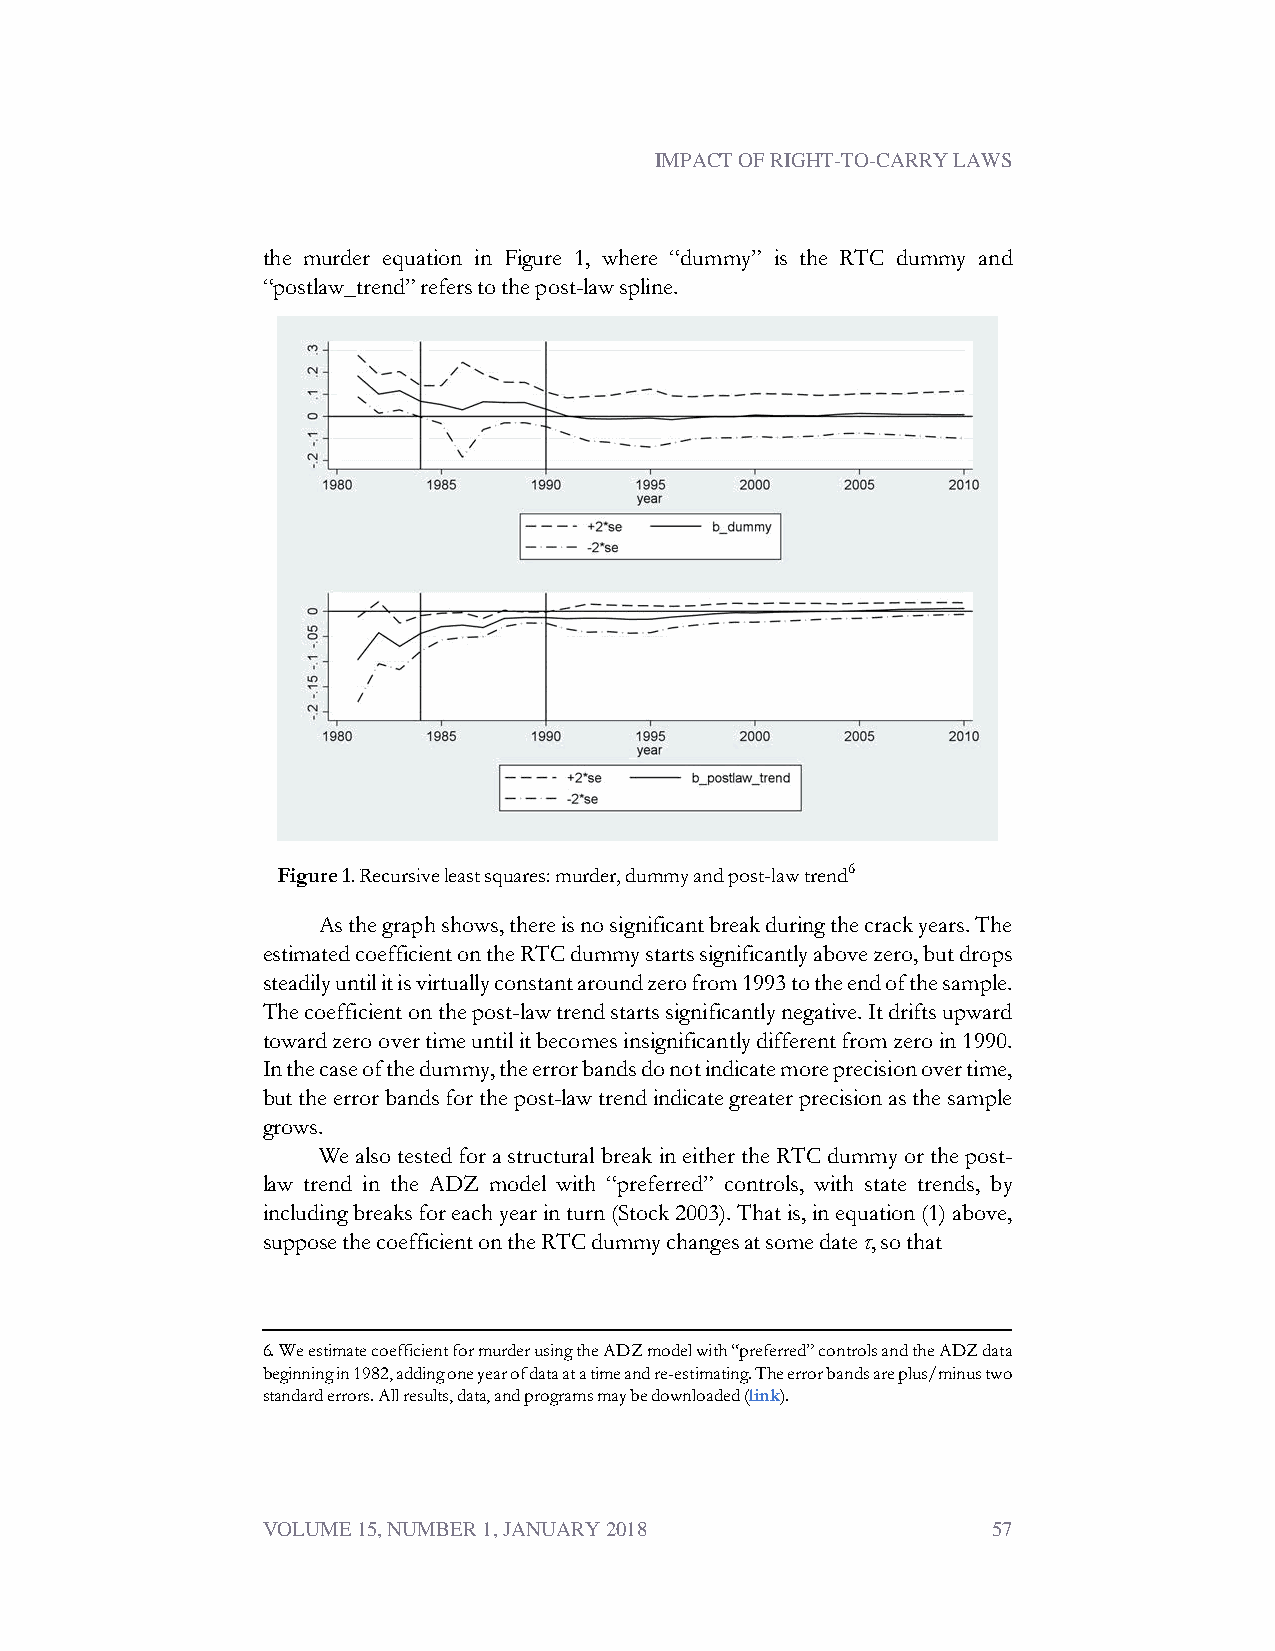
IMPACT OF RIGHT-TO-CARRY LAWS
 the murder equation in Figure 1, where “dummy” is the RTC dummy and
 “postlaw_trend”referstothepost-lawspline.
 Figure1.Recursiveleastsquares:murder,dummyandpost-lawtrend6
 Asthegraphshows,thereisnosignificantbreakduringthecrackyears.The
 estimatedcoefficientontheRTCdummystartssignificantlyabovezero,butdrops
 steadilyuntilitisvirtuallyconstantaroundzerofrom1993totheendofthesample.
 Thecoefficientonthepost-lawtrendstartssignificantlynegative.Itdriftsupward
 towardzeroovertimeuntilitbecomesinsignificantlydifferentfromzeroin1990.
 Inthecaseofthedummy,theerrorbandsdonotindicatemoreprecisionovertime,
 buttheerrorbandsforthepost-lawtrendindicategreaterprecisionasthesample
 grows.
 WealsotestedforastructuralbreakineithertheRTCdummyorthepost-
 law trend in the ADZ model with “preferred” controls, with state trends, by
 includingbreaksforeachyearinturn(Stock2003).Thatis,inequation(1)above,
 supposethecoefficientontheRTCdummychangesatsomedateτ,sothat
 6.WeestimatecoefficientformurderusingtheADZmodelwith“preferred”controlsandtheADZdata
 beginningin1982,addingoneyearofdataatatimeandre-estimating.Theerrorbandsareplus/minustwo
 standarderrors.Allresults,data,andprogramsmaybedownloaded(link).
 VOLUME 15, NUMBER 1, JANUARY 2018                57